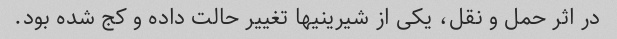
در اثر حمل و نقل، یکی از شیرینیها تغییر حالت داده و کج شده بود.